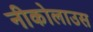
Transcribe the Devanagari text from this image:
नीकोलाउस